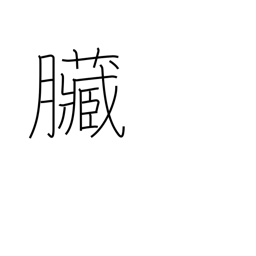
Meaning: bowels